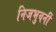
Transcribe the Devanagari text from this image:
निजभुवनीं